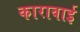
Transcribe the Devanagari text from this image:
कारावाई